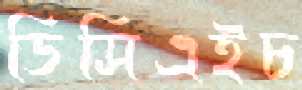
ডিসিএইচ